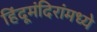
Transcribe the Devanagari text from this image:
हिंदूमंदिरांमध्ये